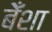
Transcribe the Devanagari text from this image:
बेँशा